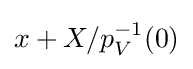
x+X/p_{V}^{-1}(0)